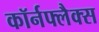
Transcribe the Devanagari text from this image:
कॉर्नफ्लैक्स